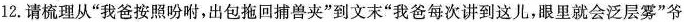
12.请梳理从”我爸按照吩咐，出包拖回捕兽夹”到文末”我爸每次讲到这儿，眼里就会泛层雾”爷